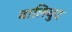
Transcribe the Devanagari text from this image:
बालिवुद